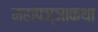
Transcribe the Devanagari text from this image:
महापञ्ञाकथा